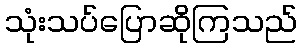
သုံးသပ်ပြောဆိုကြသည်